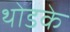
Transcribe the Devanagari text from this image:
थोडके